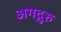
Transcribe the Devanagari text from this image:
अगद्गुरु